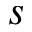
s